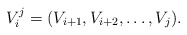
\begin{align*}V_{i}^j=(V_{i+1},V_{i+2},\dotsc,V_{j}).\end{align*}